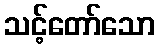
သင့်တော်သော